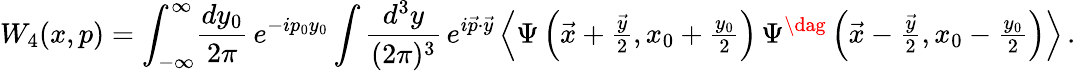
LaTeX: W_{4}(x,p)=\int_{-\infty}^{\infty}\! \frac{dy_{0}}{2\pi}\, e^{-ip_{0}y_{0}}\int\frac{d^{3}y}{(2\pi)^{3}}\, e^{i\vec{p}\cdot\vec{y}}\left\langle\Psi\left(\vec{x}+{\textstyle{\frac{\vec{y}}{2}}},x_{0}+{\textstyle{\frac{y_{0}}{2}}}\right)\, \Psi^{\dag}\left(\vec{x}-{\textstyle{\frac{\vec{y}}{2}}},x_{0}-{\textstyle{\frac{y_{0}}{2}}}\right)\right\rangle\, .